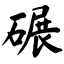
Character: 碾